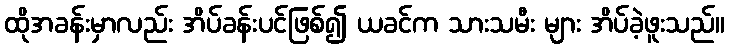
ထိုအခန်းမှာလည်း အိပ်ခန်းပင်ဖြစ်၍ ယခင်က သားသမီး များ အိပ်ခဲ့ဖူးသည်။